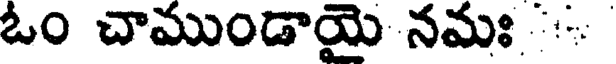
ఓం చాముండాయై నమః